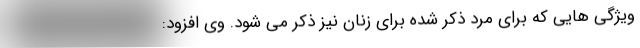
ویژگی هایی که برای مرد ذکر شده برای زنان نیز ذکر می شود. وی افزود: